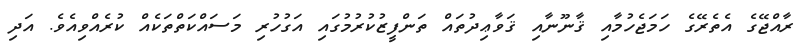
ރާއްޖޭގެ އެތެރޭގެ ހަމަޖެހުމާއި ޤާނޫނާއި ޤަވާޢިދުތައް ތަންފީޒުކުރުމުގައި އަގުހުރި މަސައްކަތްތަކެއް ކުރެއްވިއެވެ. އަދި